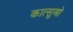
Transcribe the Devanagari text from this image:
कात्सुओ